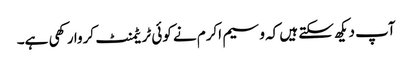
آپ دیکھ سکتے ہیں کہ وسیم اکرم نے کوئی ٹریٹمنٹ کروا رکھی ہے۔